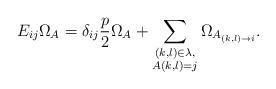
LaTeX: \begin{align*}E_{ij}\Omega_{A}=\delta_{ij}\frac{p}{2}\Omega_A+\sum_{\substack{(k,l)\in\lambda,\\ A(k,l)=j}} \Omega_{A_{(k,l)\to i}}.\end{align*}